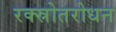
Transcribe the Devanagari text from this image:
रक्स्रोतरोधन